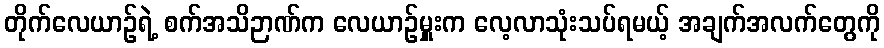
တိုက်လေယာဉ်ရဲ့ စက်အသိဉာဏ်က လေယာဉ်မှူးက လေ့လာသုံးသပ်ရမယ့် အချက်အလက်တွေကို